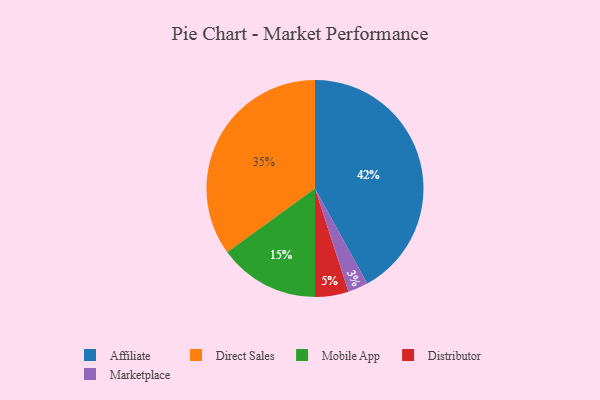
{"axis": {"x": "Category", "y": "Percentage"}, "legend": ["Affiliate", "Direct Sales", "Distributor", "Marketplace", "Mobile App"], "data": [{"x": "Mobile App", "y": 15, "type": "Mobile App"}, {"x": "Direct Sales", "y": 35, "type": "Direct Sales"}, {"x": "Marketplace", "y": 3, "type": "Marketplace"}, {"x": "Distributor", "y": 5, "type": "Distributor"}, {"x": "Affiliate", "y": 42, "type": "Affiliate"}]}